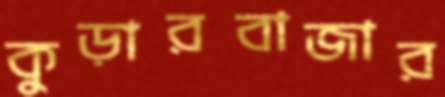
কুড়ারবাজার